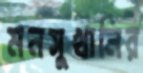
মনসুখানির